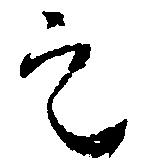
定